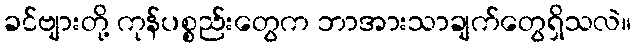
ခင်ဗျားတို့ ကုန်ပစ္စည်းတွေက ဘာအားသာချက်တွေရှိသလဲ။